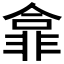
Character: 𫕽